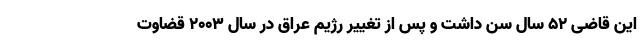
این قاضی 52 سال سن داشت و پس از تغییر رژیم عراق در سال 2003 قضاوت